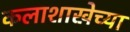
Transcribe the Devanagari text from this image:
कलाशाखेच्या